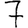
Digit: 7